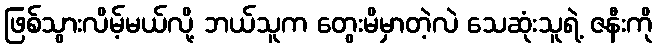
ဖြစ်သွားလိမ့်မယ်လို့ ဘယ်သူက တွေးမိမှာတဲ့လဲ သေဆုံးသူရဲ့ ဇနီးကို